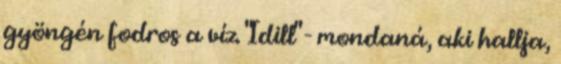
gyöngén fodros a víz. "Idill" - mondaná, aki hallja,